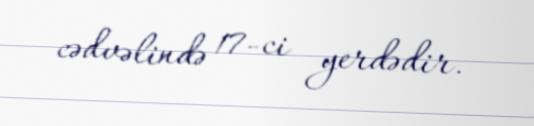
cədvəlində 17-ci yerdədir.